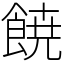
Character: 𩜙